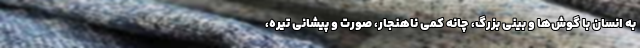
به انسان با گوش‌ها و بینی بزرگ، چانه کمی ناهنجار، صورت و پیشانی تیره،